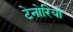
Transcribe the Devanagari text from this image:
टेनोरियो